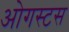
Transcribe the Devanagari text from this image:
ओगस्टस